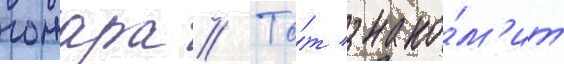
гожара // То́т знако́м'ит